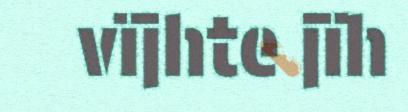
vïjhte jïh